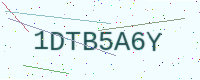
Text: 1DTB5A6Y